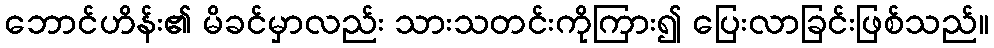
ဘောင်ဟိန်း၏ မိခင်မှာလည်း သားသတင်းကိုကြား၍ ပြေးလာခြင်းဖြစ်သည်။